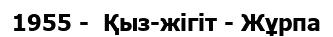
1955 -  Қыз-жігіт - Жұрпа